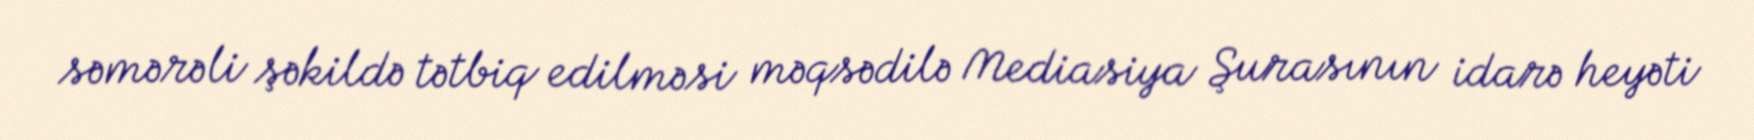
səmərəli şəkildə tətbiq edilməsi məqsədilə Mediasiya Şurasının idarə heyəti